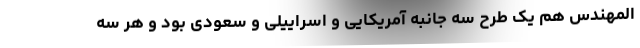
المهندس هم یک طرح سه جانبه آمریکایی و اسراییلی و سعودی بود و هر سه